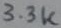
Text: 3.3K